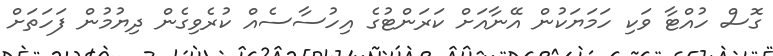
ގޮސް ހުއްޓާ ވަކި ހަމަޔަކުން އޭނާއަށް ކަރަންޓުގެ އިހުސާސެއް ކުރެވިގެން ދިޔުމުން ފަހަތަށް